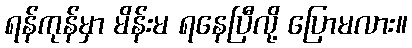
ရန်ကုန်မှာ မိန်းမ ရနေပြီလို့ ပြောမလား။